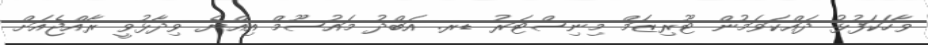
ވާހަކަފުޅު ދައްކަވަމުން ޓޫރިޒަމް މިނިސްޓަރު ޑރ. އަބްދު މައުސޫމް އިއްޔެ ވިދާޅުވީ ރާއްޖެއަށް